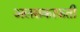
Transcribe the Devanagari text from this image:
अलसकाफ़ती